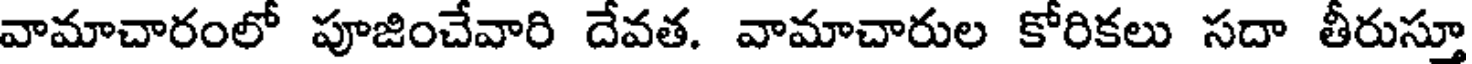
వామాచారంలో పూజించేవారి దేవత. వామాచారుల కోరికలు సదా తీరుస్తూ